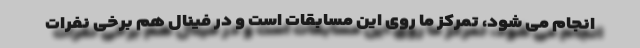
انجام می شود، تمرکز ما روی این مسابقات است و در فینال هم برخی نفرات